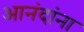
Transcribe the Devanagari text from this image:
आनंदांना